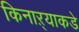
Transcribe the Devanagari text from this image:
किनाऱ्याकडे